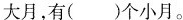
大月，有( )个小月。